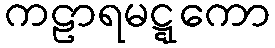
ကဠာရမဋ္ဋကော